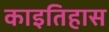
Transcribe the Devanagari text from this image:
काइतिहास